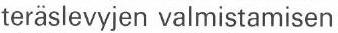
teräslevyjen valmistamisen